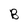
Character: B